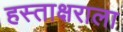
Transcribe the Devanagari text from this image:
हस्ताक्षराला